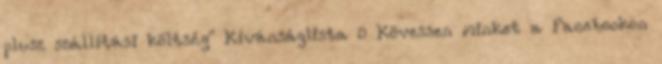
plusz szállítási költség" Kívánságlista 0 Kövessen minket a Facebookon